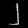
Digit: ၂